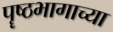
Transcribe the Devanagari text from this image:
पॄष्ठभागाच्या